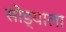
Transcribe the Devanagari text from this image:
सोड्याला